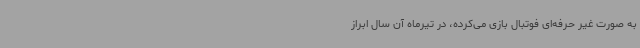
به‌ صورت غیر حرفه‌ای فوتبال بازی می‌کرده، در تیرماه آن سال ابراز